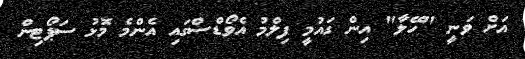
އަށް ވަނީ "ހޭލާ" އިން ގައުމީ ފިލްމު އެވޯޑްސްގައި އެންމެ މޮޅު ސަޕޯޓިން